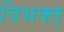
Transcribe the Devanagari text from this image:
विभक्त्